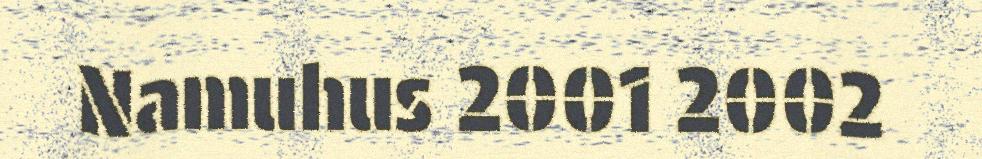
Namuhus 2001 2002